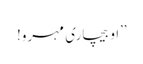
’’او بیچاری مہرو!